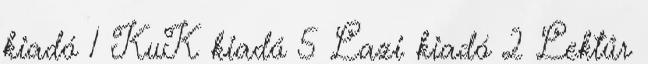
kiadó 1 KuK kiadó 5 Lazi kiadó 2 Lektűr